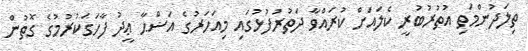
ތިލަދުންމަތި އުތުރުބުރީ ކެލައަށް ކުރައްވާ ދަތުރުފުޅުގައި މިއަހަރުގެ އަޟްޙާ ޢީދު ފާހަގަކުރުމުގެ ގޮތުން